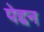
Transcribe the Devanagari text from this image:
पेद्दन